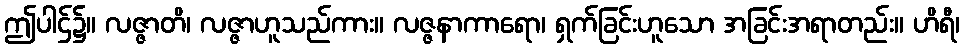
ဤပါဌ်၌။ လဇ္ဇာတိ၊ လဇ္ဇာဟူသည်ကား။ လဇ္ဇနာကာရော၊ ရှက်ခြင်းဟူသော အခြင်းအရာတည်း။ ဟိရီ၊